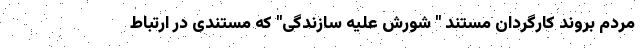
مردم بروند کارگردان مستند " شورش علیه سازندگی" که مستندی در ارتباط